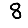
Digit: 8